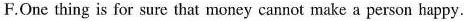
F.One thing is for sure that money cannot make aperson happy.